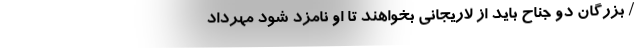
/ بزرگان دو جناح باید از لاریجانی بخواهند تا او نامزد شود مهرداد